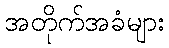
အတိုက်အခံများ